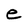
Character: e